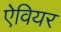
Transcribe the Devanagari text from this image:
ऐवियर